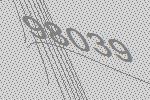
98039